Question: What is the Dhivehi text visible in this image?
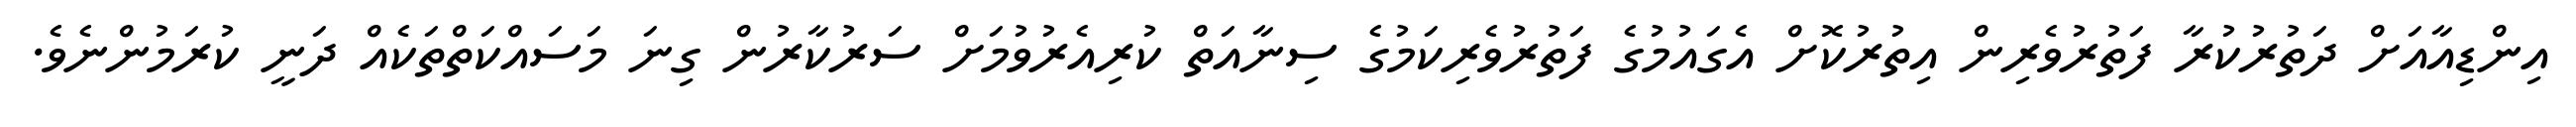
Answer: އިންޑިއާއަށް ދަތުރުކުރާ ފަތުރުވެރިން އިތުރުކޮށް އެގައުމުގެ ފަތުރުވެރިކަމުގެ ސިނާއަތް ކުރިއެރުވުމަށް ސަރުކާރުން ގިނަ މަސައްކަތްތަކެއް ދަނީ ކުރަމުންނެވެ.